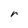
Character: r